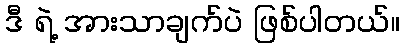
ဒီ ရဲ့ အားသာချက်ပဲ ဖြစ်ပါတယ်။